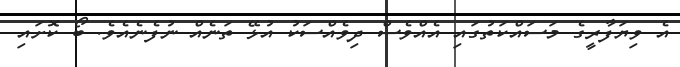
އެ ވިޔަފާރީގެ މަސައްކަތުގައި އެއްވެސް ދިވެއްސަކު އުޅޭ ތަނެއް ނުފެނެއެވެ. ބޯ ކޮށައި